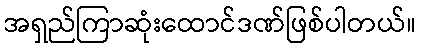
အရှည်ကြာဆုံးထောင်ဒဏ်ဖြစ်ပါတယ်။